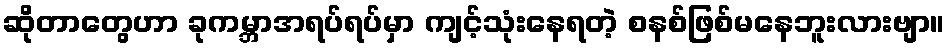
ဆိုတာတွေဟာ ခုကမ္ဘာအရပ်ရပ်မှာ ကျင့်သုံးနေရတဲ့ စနစ်ဖြစ်မနေဘူးလားဗျာ။